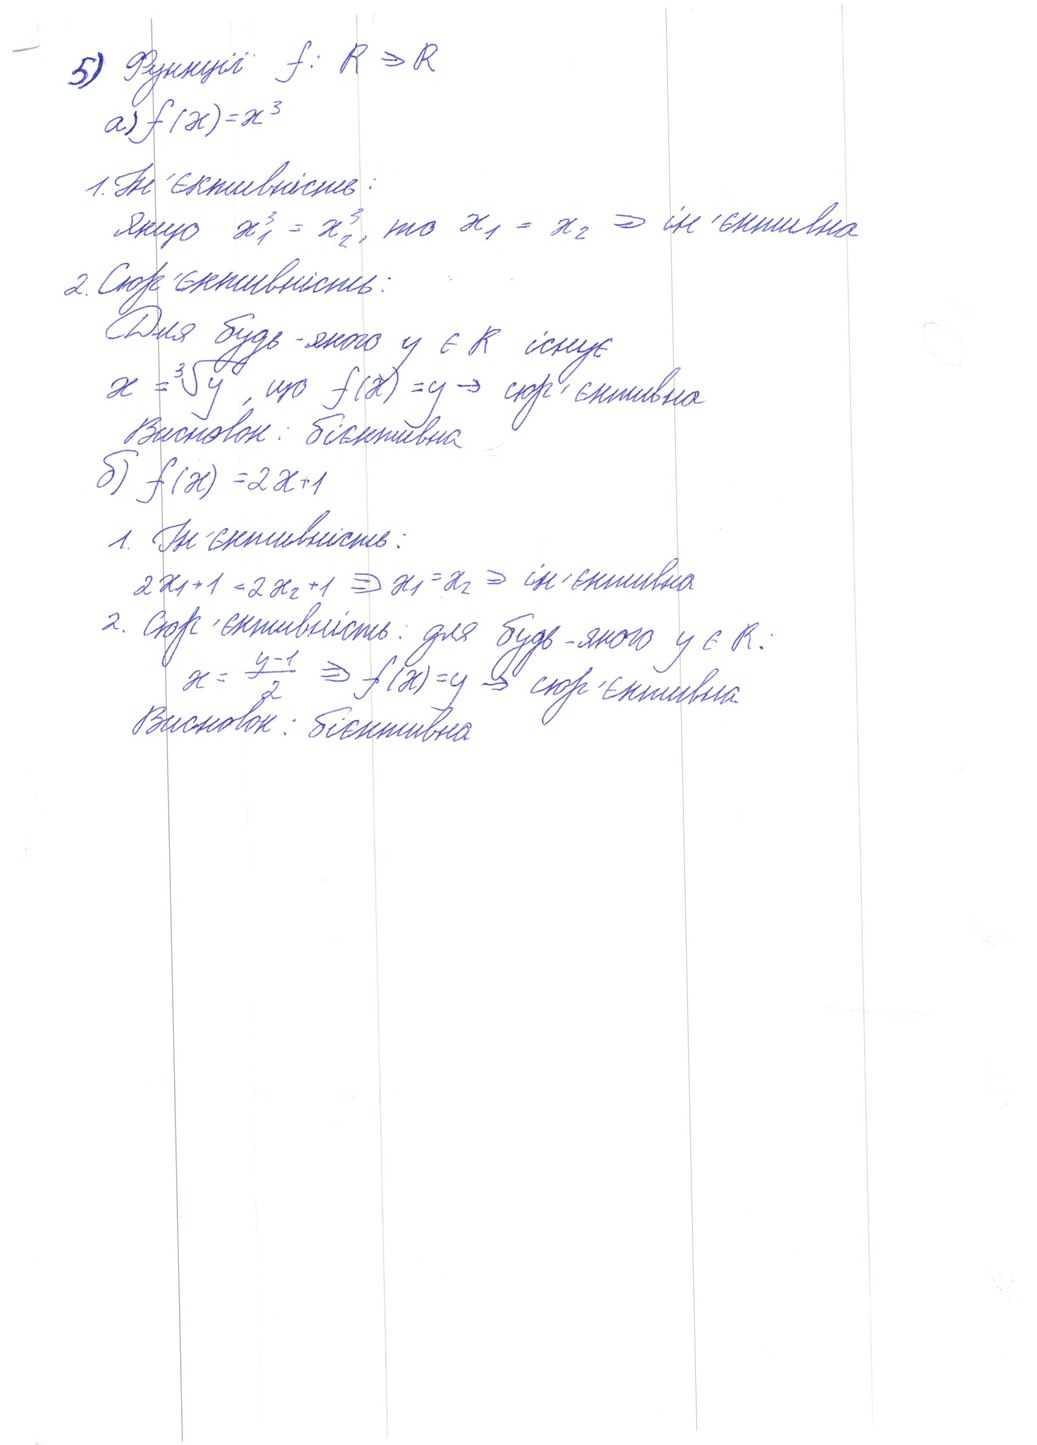
5) Функції f: R → R
a) f(x)=x^3
1. Не 'ективність:
якщо x1^3 =x1^3? то x1 = x2 → ін'єктивно
2. Сюр'єктивність:
Для будь-якого y ∈ R iснує
x = \sqrt[3]{y}, що f(x) = y → сюр'єктивна
Висновок: бієктивна
б) f(x) = 2x + 1
1. Ін'єктивність.
2. 2x1+ 1 = 2x2+1=>x1 = x2→ ін'єктивно
2. Сюр'єктивність: для будь-якого y ∈ R:
x = (y-1)/2 => f(x)=y → сюр'єктивна
Висновок: бієктивна